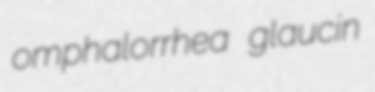
omphalorrhea glaucin